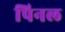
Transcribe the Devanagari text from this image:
पिनल